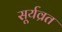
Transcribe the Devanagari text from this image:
सूर्यव्रत